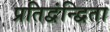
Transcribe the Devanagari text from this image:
प्रतिद्वंन्द्विता